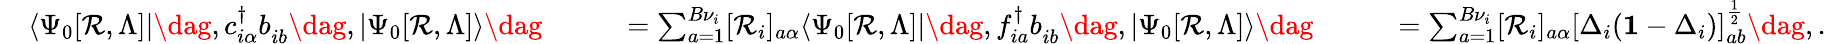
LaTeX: \begin{array}{rlrl}&{\langle\Psi_{0}[\mathcal{R},\Lambda]|\dag,c_{i\alpha}^{\dagger}b_{ib}^{\phantom{\dagger}}\dag,|\Psi_{0}[\mathcal{R},\Lambda]\rangle\dag}&{\qquad=\sum_{a=1}^{B\nu_{i}}[\mathcal{R}_{i}]_{a\alpha}\langle\Psi_{0}[\mathcal{R},\Lambda]|\dag,f_{ia}^{\dagger}b_{ib}^{\phantom{\dagger}}\dag,|\Psi_{0}[\mathcal{R},\Lambda]\rangle\dag}&{\qquad=\sum_{a=1}^{B\nu_{i}}[\mathcal{R}_{i}]_{a\alpha}[\Delta_{i}(\mathbf{1}-\Delta_{i})]_{ab}^{\frac{1}{2}}\dag,.}\end{array}